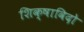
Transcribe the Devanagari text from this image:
शिक्षाविदो